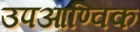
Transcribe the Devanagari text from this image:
उपआण्विक